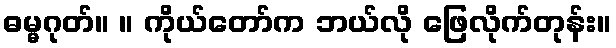
ဓမ္မဂုတ်။ ။ ကိုယ်တော်က ဘယ်လို ဖြေလိုက်တုန်း။